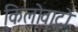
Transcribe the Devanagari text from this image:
किलोवाटों